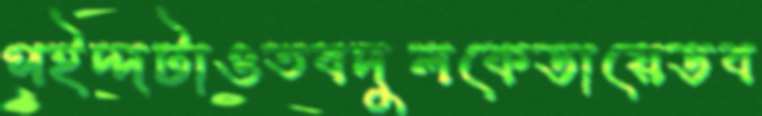
পইদ্দটাওতবদুলকেডায়েডব